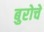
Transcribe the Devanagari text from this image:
बुरोचे